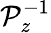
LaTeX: \mathcal{P}_{z}^{-1}